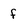
Character: f